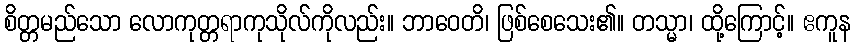
စိတ္တမည်သော လောကုတ္တရာကုသိုလ်ကိုလည်း။ ဘာဝေတိ၊ ဖြစ်စေသေး၏။ တသ္မာ၊ ထို့ကြောင့်။ ဧကူန